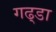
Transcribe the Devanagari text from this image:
गढ्‌डा